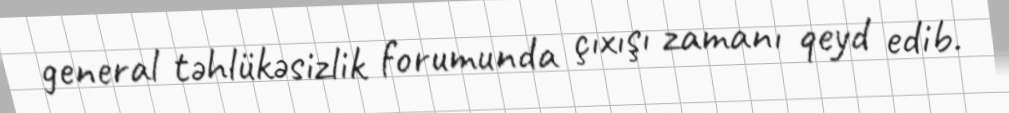
general təhlükəsizlik forumunda çıxışı zamanı qeyd edib.